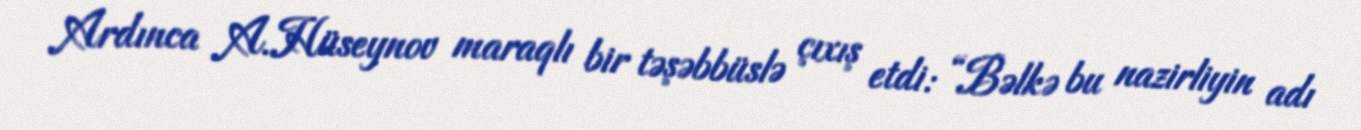
Ardınca A.Hüseynov maraqlı bir təşəbbüslə çıxış etdi: “Bəlkə bu nazirliyin adı